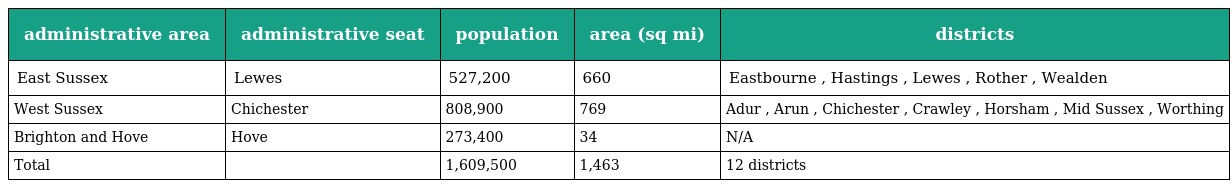
| administrative area | administrative seat | population | area (sq mi) | districts |
 | --- | --- | --- | --- | --- |
 | East Sussex | Lewes | 527,200 | 660 | Eastbourne , Hastings , Lewes , Rother , Wealden |
 | West Sussex | Chichester | 808,900 | 769 | Adur , Arun , Chichester , Crawley , Horsham , Mid Sussex , Worthing |
 | Brighton and Hove | Hove | 273,400 | 34 | N/A |
 | Total |  | 1,609,500 | 1,463 | 12 districts |